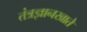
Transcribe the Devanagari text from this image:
तंत्रज्ञानखाते